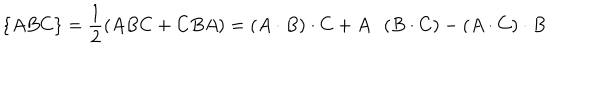
LaTeX: \{ A B C \} = \frac { 1 } { 2 } ( A B C + C B A ) = ( A \cdot B ) \cdot C + A \cdot ( B \cdot C ) - ( A \cdot C ) \cdot B